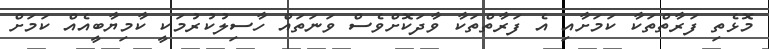
މޮޅެތި ފަރާތްތަކާ ކަމަށާއި އެ ފަރާތްތަކާ ވާދަކޮށްވެސް ވަނަތައް ހާސިލުކުރުމަކީ ކާމިޔާބީއެއް ކަމަށް